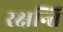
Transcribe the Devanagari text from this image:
रक्षन्ति